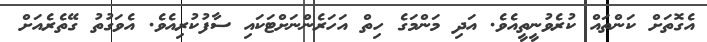
އެގޮތަށް ކަންތައް ކުރެވުނީތީއެވެ. އަދި މަންމަގެ ހިތް އަހަރެންނަށްޓަކައި ސާފުކުރިއެވެ. އެވަގުތު ގޭތެރެއަށް